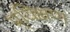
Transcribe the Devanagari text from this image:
प्र्यिक्षण